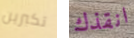
تكبرين انقذك